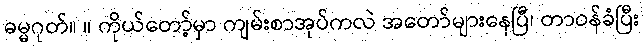
ဓမ္မဂုတ်။ ။ ကိုယ်တော့်မှာ ကျမ်းစာအုပ်ကလဲ အတော်များနေပြီ၊ တာဝန်ခံပြီး